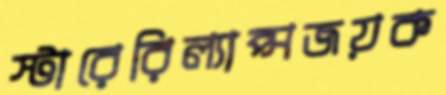
স্টারেরিল্যাপ্সজয়ক